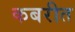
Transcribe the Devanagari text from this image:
कबरीत